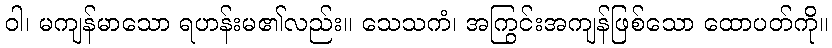
ဝါ၊ မကျန်မာသော ရဟန်းမ၏လည်း။ သေသကံ၊ အကြွင်းအကျန်ဖြစ်သော ထောပတ်ကို။